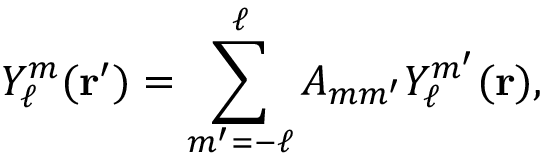
Y _ { \ell } ^ { m } ( { \mathbf { r } } ^ { \prime } ) = \sum _ { m ^ { \prime } = - \ell } ^ { \ell } A _ { m m ^ { \prime } } Y _ { \ell } ^ { m ^ { \prime } } ( { \mathbf { r } } ) ,